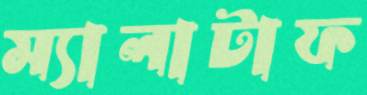
ম্যালাটাফ